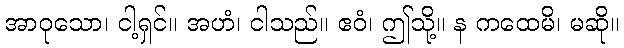
အာဝုသော၊ ငါ့ရှင်။ အဟံ၊ ငါသည်။ ဧဝံ၊ ဤသို့။ န ကထေမိ၊ မဆို။